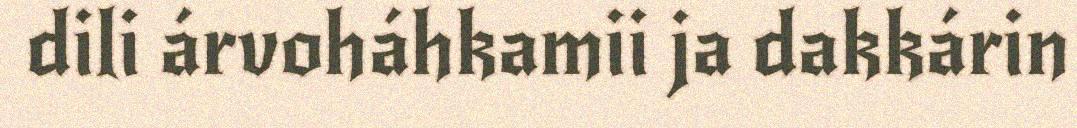
dili árvoháhkamii ja dakkárin